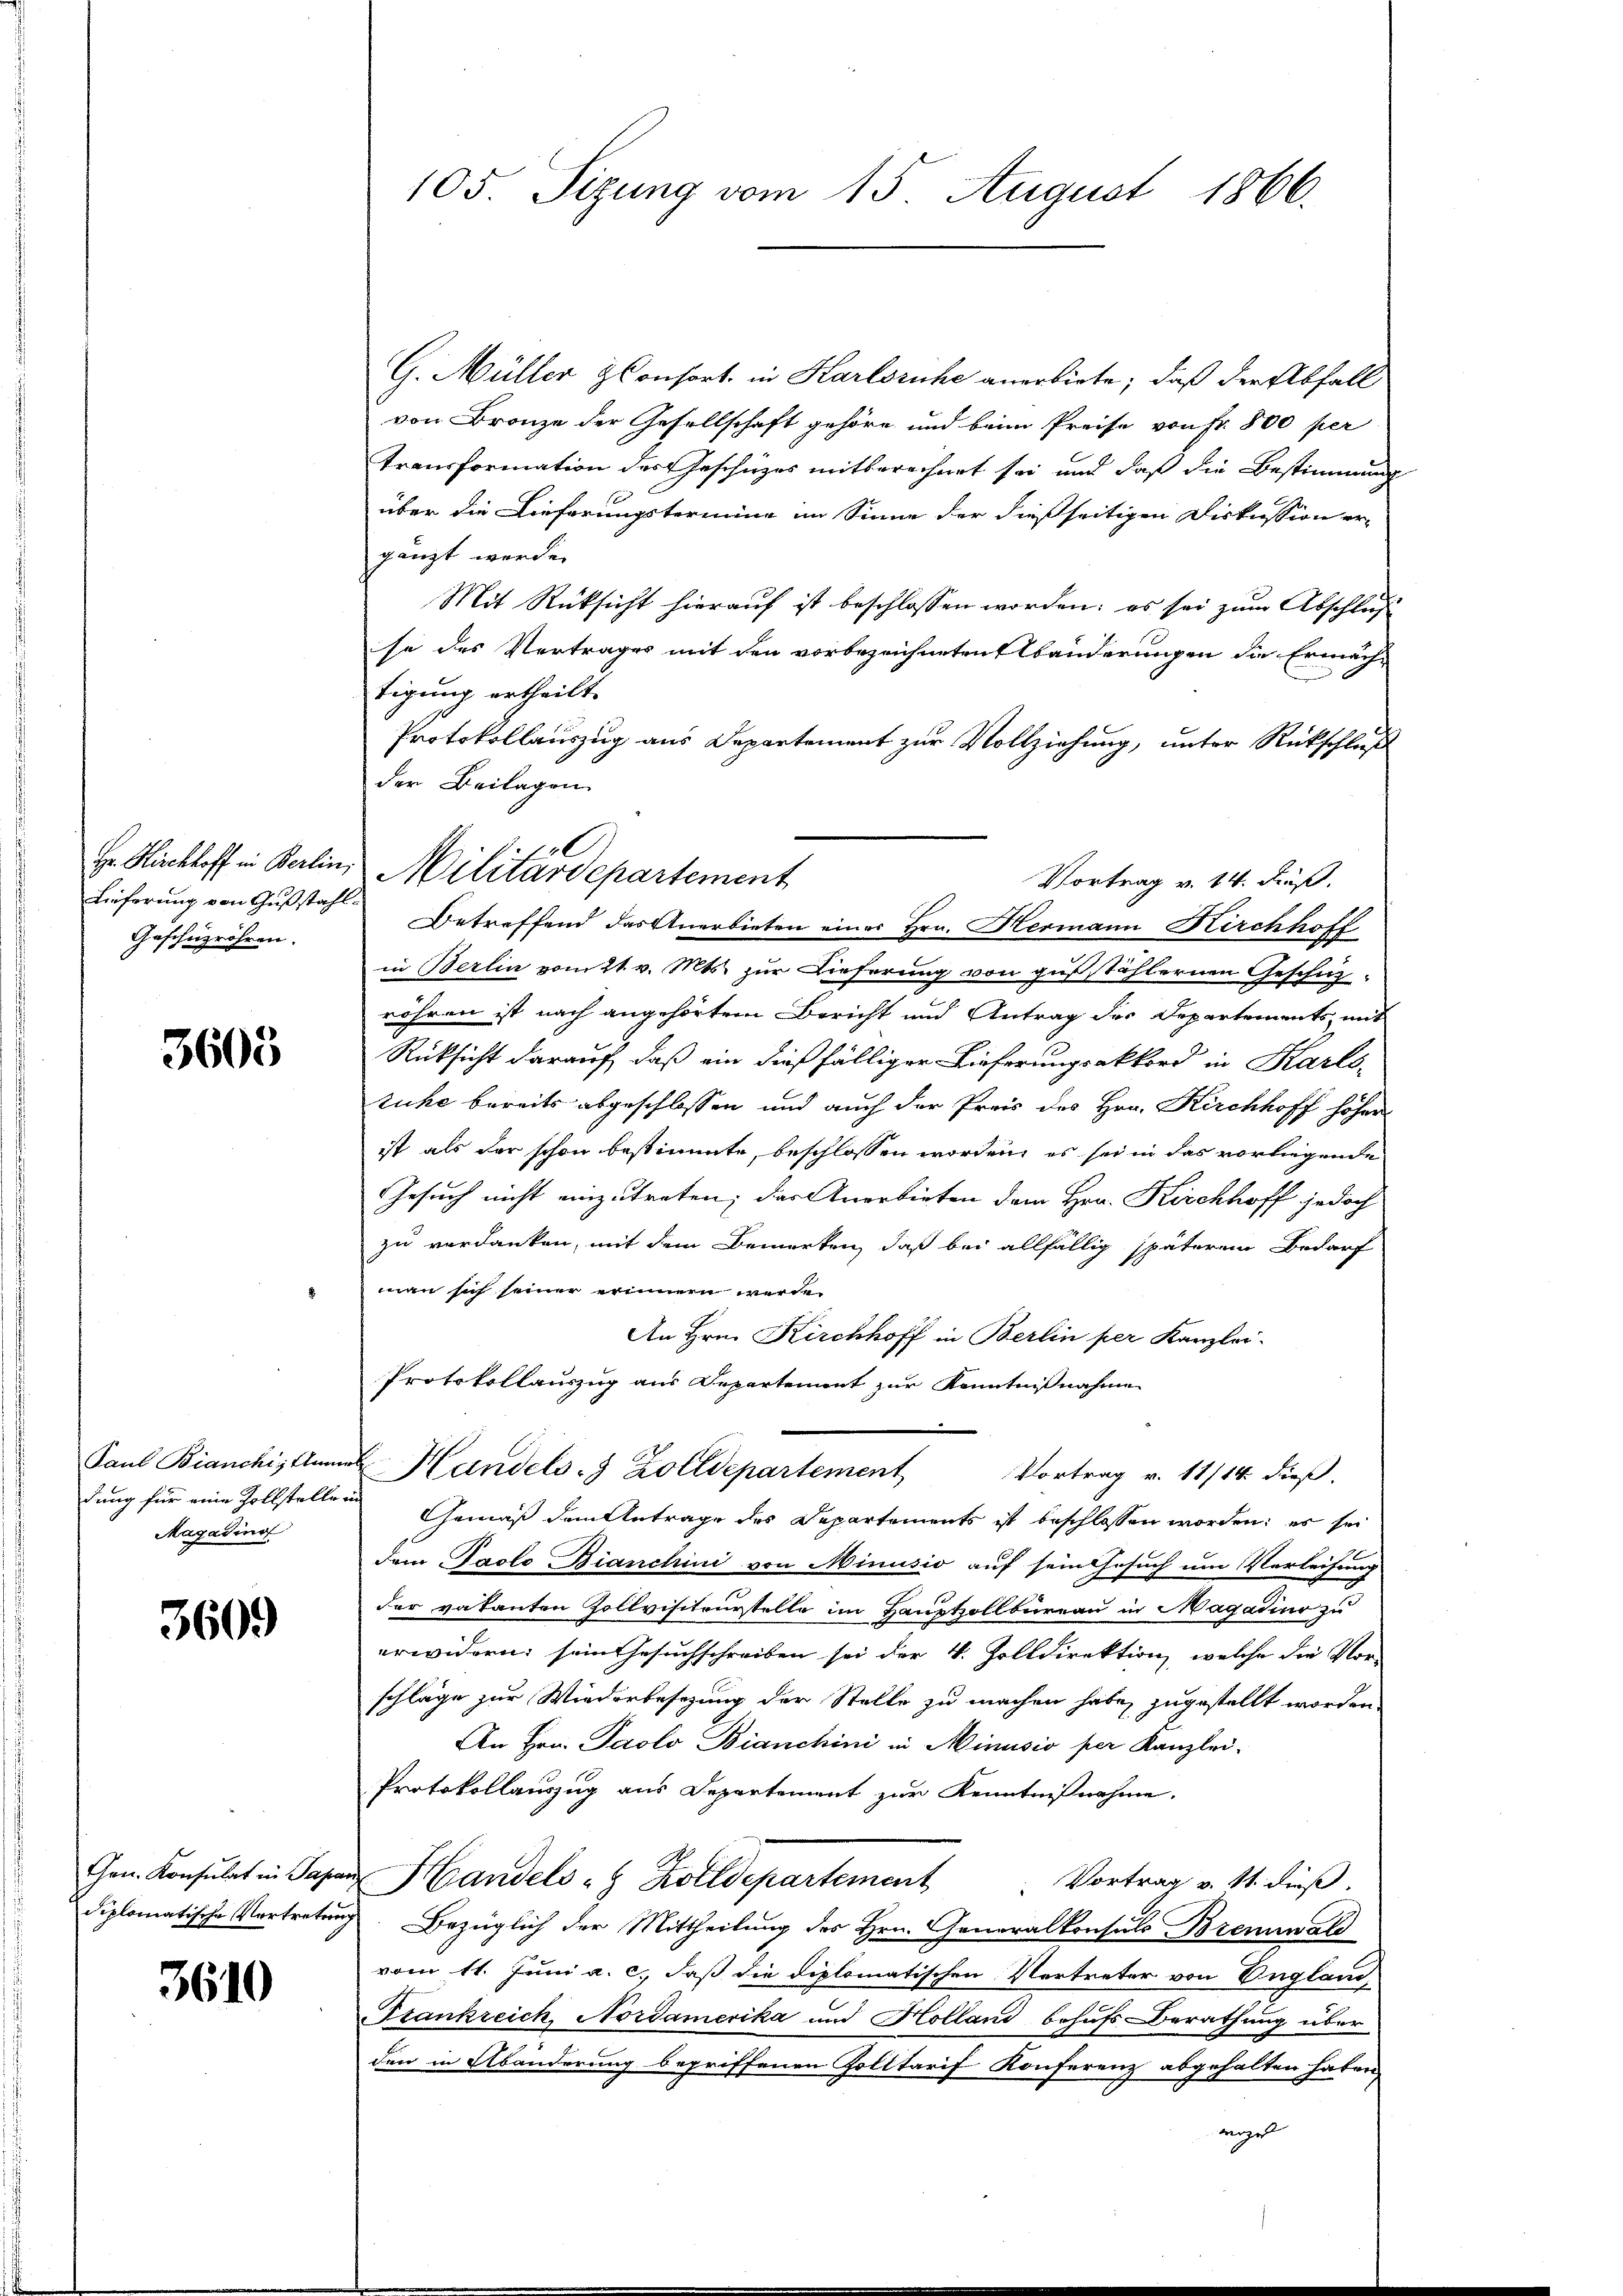
Geschüzröhren.

3603

Magadind

3609

3610

105. Sizung vom 15. August 1866.

G. Müller Consort in Karlsruhe anerbiete, daß der Abfall
von Bronze der Gesellschaft gehöre und beim Preise von Fr. 800 per
Transformation des Geschüzes mitberechnet sei und daß die Bestimmung
über die Lieferungsternung im Sinne der dießseitigen Diskussion er-
gänzt werde.
Mit Rücksicht hierauf ist beschlossen worden; es sei zum Abschluß
se des Vertrages mit den vorbezeichneten bänderungen die Ermächtigung ertheilt.
Protokollauszug aus Departement zur Vollziehung, unter Rückschluß
der Beilagen
Lieferung von Gŭβstahl Betreffend das Anerbieten einer Hrn. Hermann Kirchhoff
in Berlin vom 21. v. Mts. zur Lieferung von gußstählernen Geschäröhren ist nach angehörtem Bericht und Antrag des Departements, mit
Rücksicht darauf, daß ein dießfälliger Lieferungsakkord in Karls-
tuche bereits abgeschlossen und auch der Preis des Hrn. Kirchhoff höher
ist als der schon bestimmte, beschlossen worden, es sei in das vorliegende
Gesuch nicht einzutreten; das Anerbieten dem Hrn. Kirchhoff jedoch
zu verdanken, mit dem Bemerken, daß bei allfällig späterem Bedarf
man sich seiner erinnern werde.
An Hrn. Kirchhoff in Berlin per Kanzlei.
Protokollauszug aus Departement zur Kenntnißnahme
Paul Bianchis kann Handels- & Zolldepartement
Vortrag v. 11/14. dieß.
dung für eine Zollstellen Gemäß dem Antrage des Departements ist beschlossen worden: es sei
Dem Pacto Bianchini von Minusio auf sein Gesuch um Verleihung
der vakanten Zollvisiteurstelle im Hauptollbüreau in Magadino zu
erwidern sein Gesuchschreiben sei der v. Zolldirektion, welche die Vor-
schläge zur Wiederbesezung der Stelle zu machen habe, zugestellt worden
An Hrn. Paolo Bianchini in Minusio per Kanzlei-
Protokollauszug aus Departement zur Kenntnißnahme.
Gen. Konsulat in Papar Handels 8 Zolldepartement
Vortrag v. St. dieß.
diplomatische Vortretung. Bezüglich der Mittheilung des Hrn. Generalkonsuls Brennwald
vom 11. Juni a. c., daß die diplomatischen Vertreter von England
Trankreich, Nordamerika und Holland behufs Berathung über
den in Abänderung begriffenen Zolltarif Konferenz abgehalten haben,
woge

l
Hr. Kirchhoff in Berlin, Militärdepartement

Vortrag v. 14. Fuß.